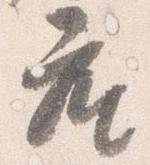
座